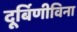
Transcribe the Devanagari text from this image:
दूर्बिणीविना